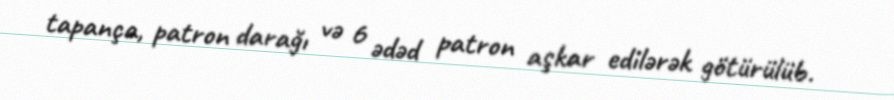
tapança, patron darağı və 6 ədəd patron aşkar edilərək götürülüb.